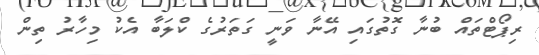
ރިޕޯޓްތައް ބުނާ ގޮތުގައި އޭނާ ވަނީ ގަަތަރުގެ ކްލަބާ އެކު މިހާރު ތިން